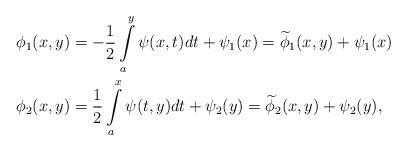
LaTeX: \begin{align*}&\phi_1(x,y) = -\frac{1}{2} \int\limits_a^y \psi(x,t)dt + \psi_1(x)= \widetilde{\phi}_1(x,y) + \psi_1(x)~~\\&\phi_2(x,y) = \frac{1}{2} \int\limits_a^x \psi(t,y)dt + \psi_2(y)= \widetilde{\phi}_2(x,y) + \psi_2(y),\end{align*}